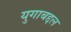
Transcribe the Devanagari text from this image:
युगाबद्दल